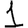
Digit: 1